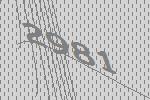
2981